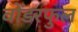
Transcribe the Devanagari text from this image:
वोंडरफुल